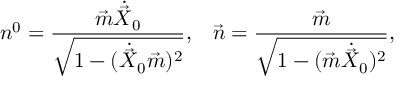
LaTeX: n ^ { 0 } = \frac { \vec { m } \dot { \vec { X } } _ { 0 } } { \sqrt { 1 - ( \dot { \vec { X } } _ { 0 } \vec { m } ) ^ { 2 } } } , \; \; \; \vec { n } = \frac { \vec { m } } { \sqrt { 1 - ( \vec { m } \dot { \vec { X } } _ { 0 } ) ^ { 2 } } } ,